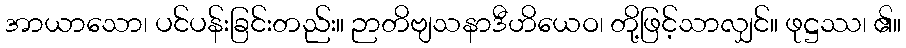
အာယာသော၊ ပင်ပန်းခြင်းတည်း။ ဉာတိဗျသနာဒီဟိယေဝ၊ တို့ဖြင့်သာလျှင်။ ဖုဋ္ဌဿ၊ ၏။